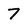
Character: 7